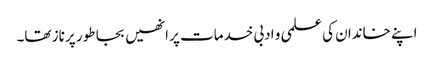
اپنے خاندان کی علمی و ادبی خدمات پر انھیں بجا طور پر ناز تھا۔